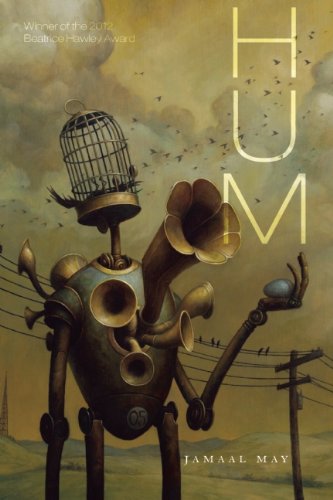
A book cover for Hum (Ala Notable Books for Adults); Jamaal May; Literature & Fiction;